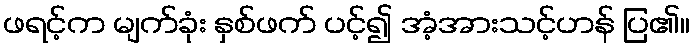
ဖရင့်က မျက်ခုံး နှစ်ဖက် ပင့်၍ အံ့အားသင့်ဟန် ပြ၏။